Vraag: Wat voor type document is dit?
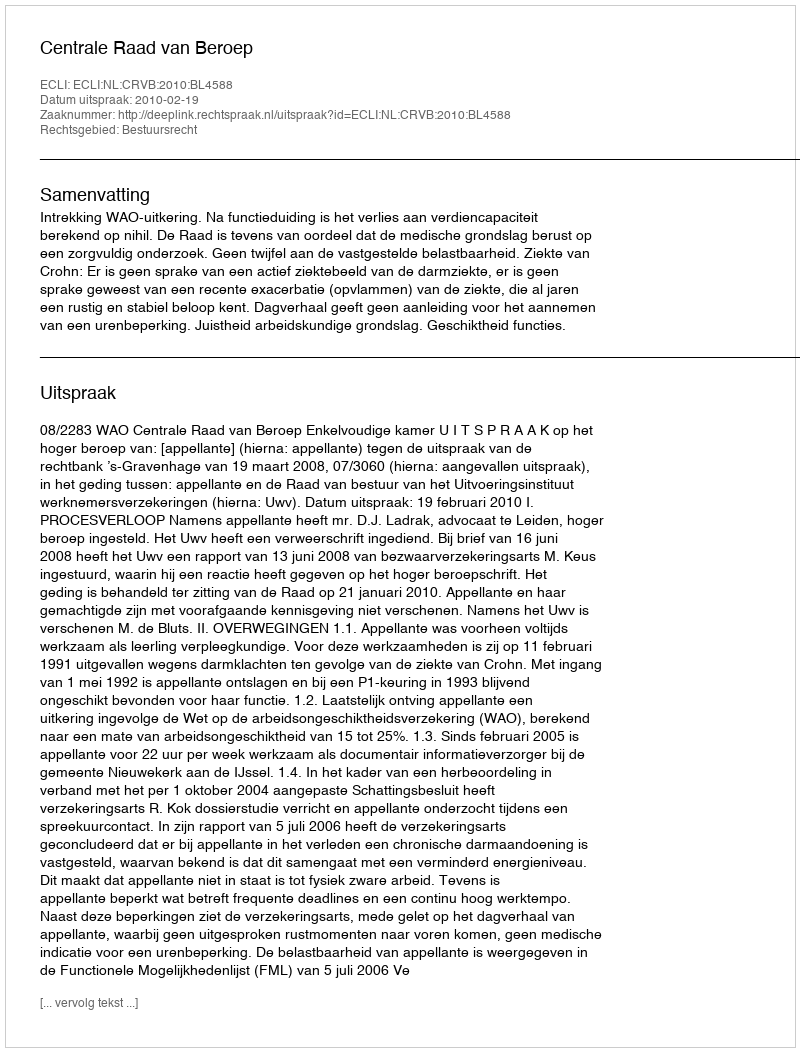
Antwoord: Uitspraak